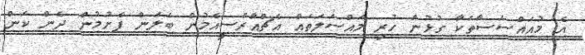
އެ މުއައްސަސާތަކާ ގުޅުން ހުރި މައްސަލަތައް އެޗްއާރްސީއެމުން ބަލަން ފެށުމުން ދެން ކަން